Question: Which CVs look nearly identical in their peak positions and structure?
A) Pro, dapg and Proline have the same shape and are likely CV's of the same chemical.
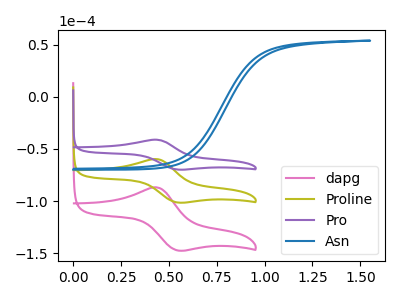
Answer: <think>The pink curve "dapg" has an anodic peak at (0.45V, -119.65uA) and a cathodic peak at (0.55V, -202.80uA). The olive curve "Proline" has an anodic peak at (0.45V, -59.85uA) and a cathodic peak at (0.55V, -101.40uA). The purple curve "Pro" has an anodic peak at (0.45V, -41.15uA) and a cathodic peak at (0.55V, -69.80uA). The blue curve "Asn" has no peaks.
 All the peaks in "dapg" have a peak in "Proline" at the same potential. All the peaks in "dapg" have a peak in "Pro" at the same potential. "dapg" and "Asn" have a different number of peaks. All the peaks in "Proline" have a peak in "Pro" at the same potential. "Proline" and "Asn" have a different number of peaks. "Pro" and "Asn" have a different number of peaks.</think>
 <answer>A) "Pro", "dapg" and "Proline" have the same shape and are likely CV's of the same chemical.</answer>
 <eval>A</eval>